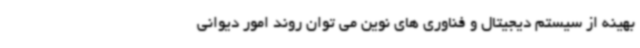
بهینه از سیستم دیجیتال و فناوری های نوین می توان روند امور دیوانی